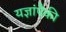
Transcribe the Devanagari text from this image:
यज्ञांपैकी